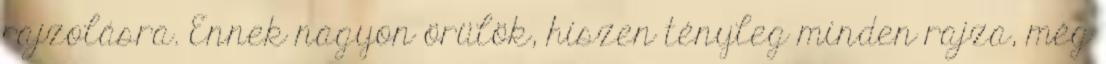
rajzolásra. Ennek nagyon örülök, hiszen tényleg minden rajza, még